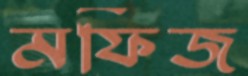
মফিজ